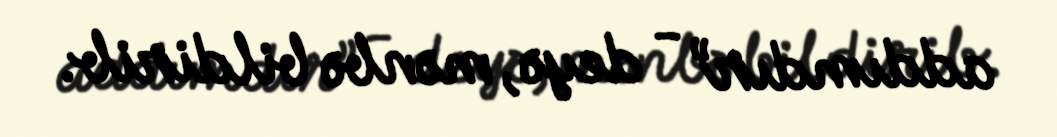
addımdır” - deyə, mənbə bildirib.